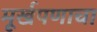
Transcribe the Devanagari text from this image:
मूर्खपणाचा